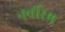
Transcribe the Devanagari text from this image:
नर्वोरम